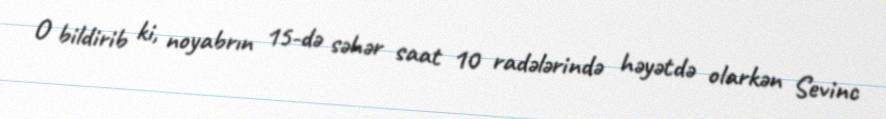
O bildirib ki, noyabrın 15-də səhər saat 10 radələrində həyətdə olarkən Sevinc